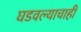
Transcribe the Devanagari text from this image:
घडवल्याचाही